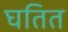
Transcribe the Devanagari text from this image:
घतित